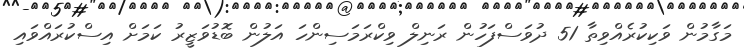
މަގާމުން ވަކިކުރެއްވިތާ 51 ދުވަސްފަހުން ރަނިލް ވިކްރަމަސިންހަ އަލުން ބޮޑުވަޒީރު ކަމަށް އިސްކުރައްވައި